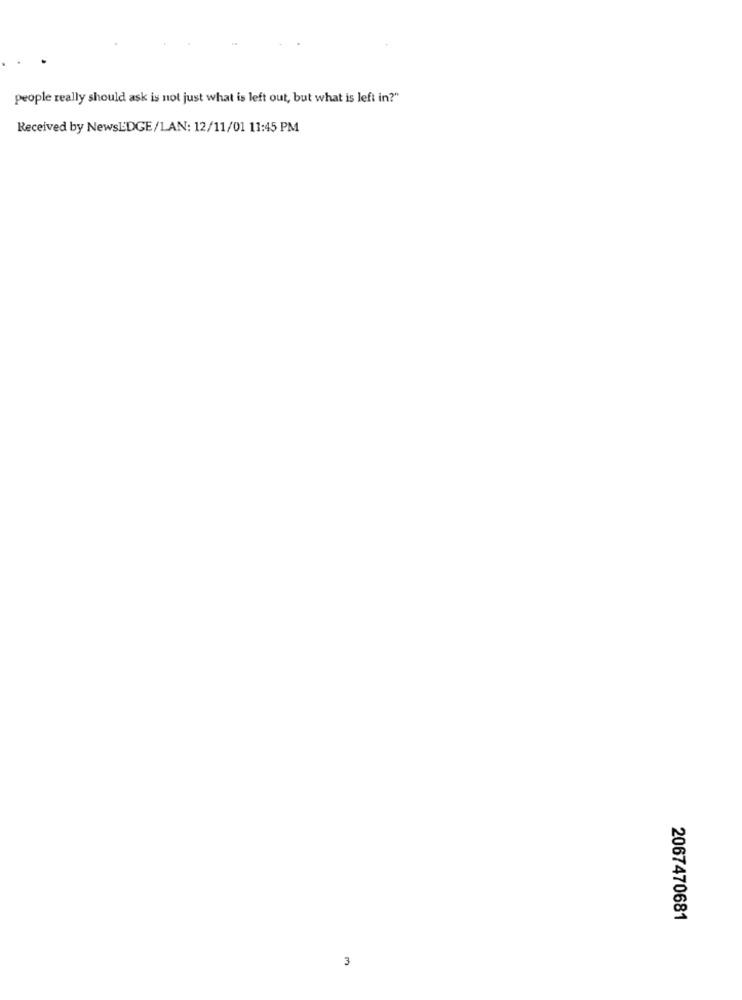
people really should ask is not just what is left out, but what is left in?"
Received by NewsEDGE/LAN: 12/11/01 11:45 PM
2067470681
3